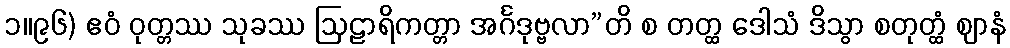
၁။၉၆) ဧဝံ ဝုတ္တဿ သုခဿ ဩဠာရိကတ္တာ အင်္ဂဒုဗ္ဗလာ”တိ စ တတ္ထ ဒေါသံ ဒိသွာ စတုတ္ထံ ဈာနံ